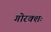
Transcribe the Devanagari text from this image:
गोरक्शः